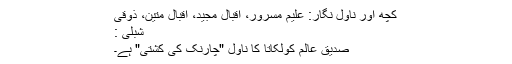
کچھ اور ناول نگار: علیم مسرور، اقبال مجید، اقبال متین، ذوقی
شبلی :
صدیق عالم کولکاتا کا ناول "چارنک کی کشتی" ہے۔